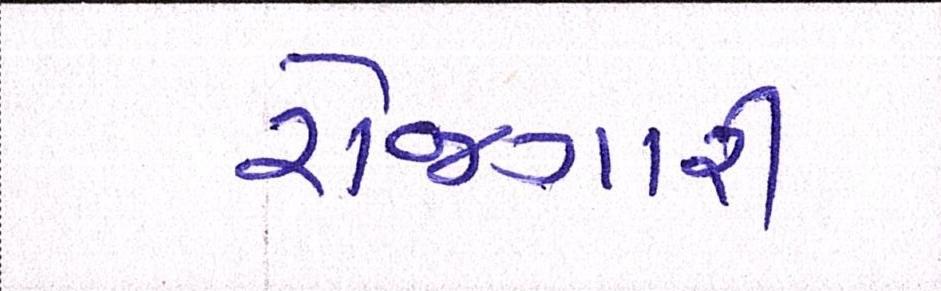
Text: રોજગારી